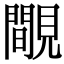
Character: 覸